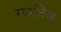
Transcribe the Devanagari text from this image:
रखलिया